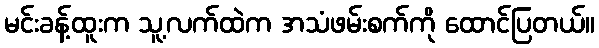
မင်းခန့်ထူးက သူ့လက်ထဲက အသံဖမ်းစက်ကို ထောင်ပြတယ်။